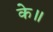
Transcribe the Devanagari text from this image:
के॥